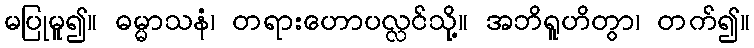
မပြုမူ၍။ ဓမ္မာသနံ၊ တရားဟောပလ္လင်သို့။ အဘိရူဟိတွာ၊ တက်၍။